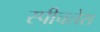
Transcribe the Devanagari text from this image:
स्‍पीचलेस